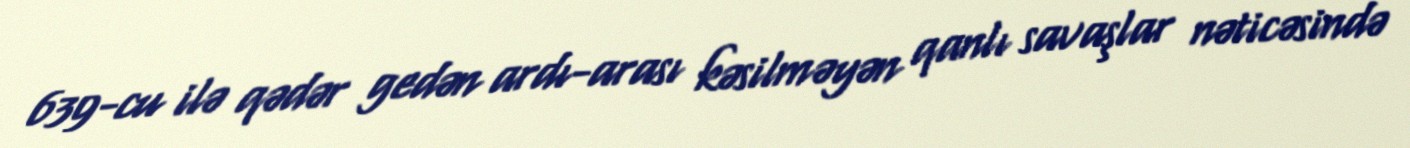
639-cu ilə qədər gedən ardı-arası kəsilməyən qanlı savaşlar nəticəsində